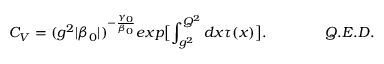
C _ { V } = ( g ^ { 2 } | \beta _ { 0 } | ) ^ { - \frac { \gamma _ { 0 } } { \beta _ { 0 } } } e x p \bigl [ \int _ { g ^ { 2 } } ^ { Q ^ { 2 } } d x \tau ( x ) \bigr ] . \qquad \qquad Q . E . D .